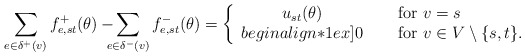
\begin{align*}\sum_{e \in \delta^+(v)} f^+_{e,st} (\theta) -\!\!\!\!\sum_{e \in \delta^-(v)} f^-_{e,st} (\theta) =\left\{\begin{array}{cl}u_{st}(\theta)&\quad\mbox{ for $v=s$ }\\begin{align*}1ex]0&\quad\mbox{ for $v \in V \setminus \{ s,t \}$}.\end{array}\right.\end{align*}